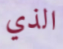
الذي